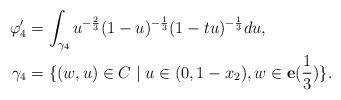
LaTeX: \begin{align*}\varphi_4'&=\int_{\gamma_4}u^{-\frac{2}{3}}(1-u)^{-\frac{1}{3}}(1-tu)^{-\frac{1}{3}}du, \\\gamma_4&=\{(w,u) \in C \mid u\in (0,{1-x_2}),w\in \bold e(\dfrac{1}{3})\}. \end{align*}